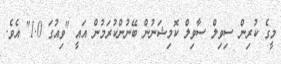
މީގެ ކުރިން ސިވިލް ސާވިލް ކޮމިޝަނުން ބޭނުންކުރަމުން އައީ "ވިއުގަ 1.0" އެވެ.